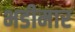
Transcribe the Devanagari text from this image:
भडीमार